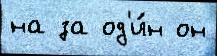
на за од'и́н он